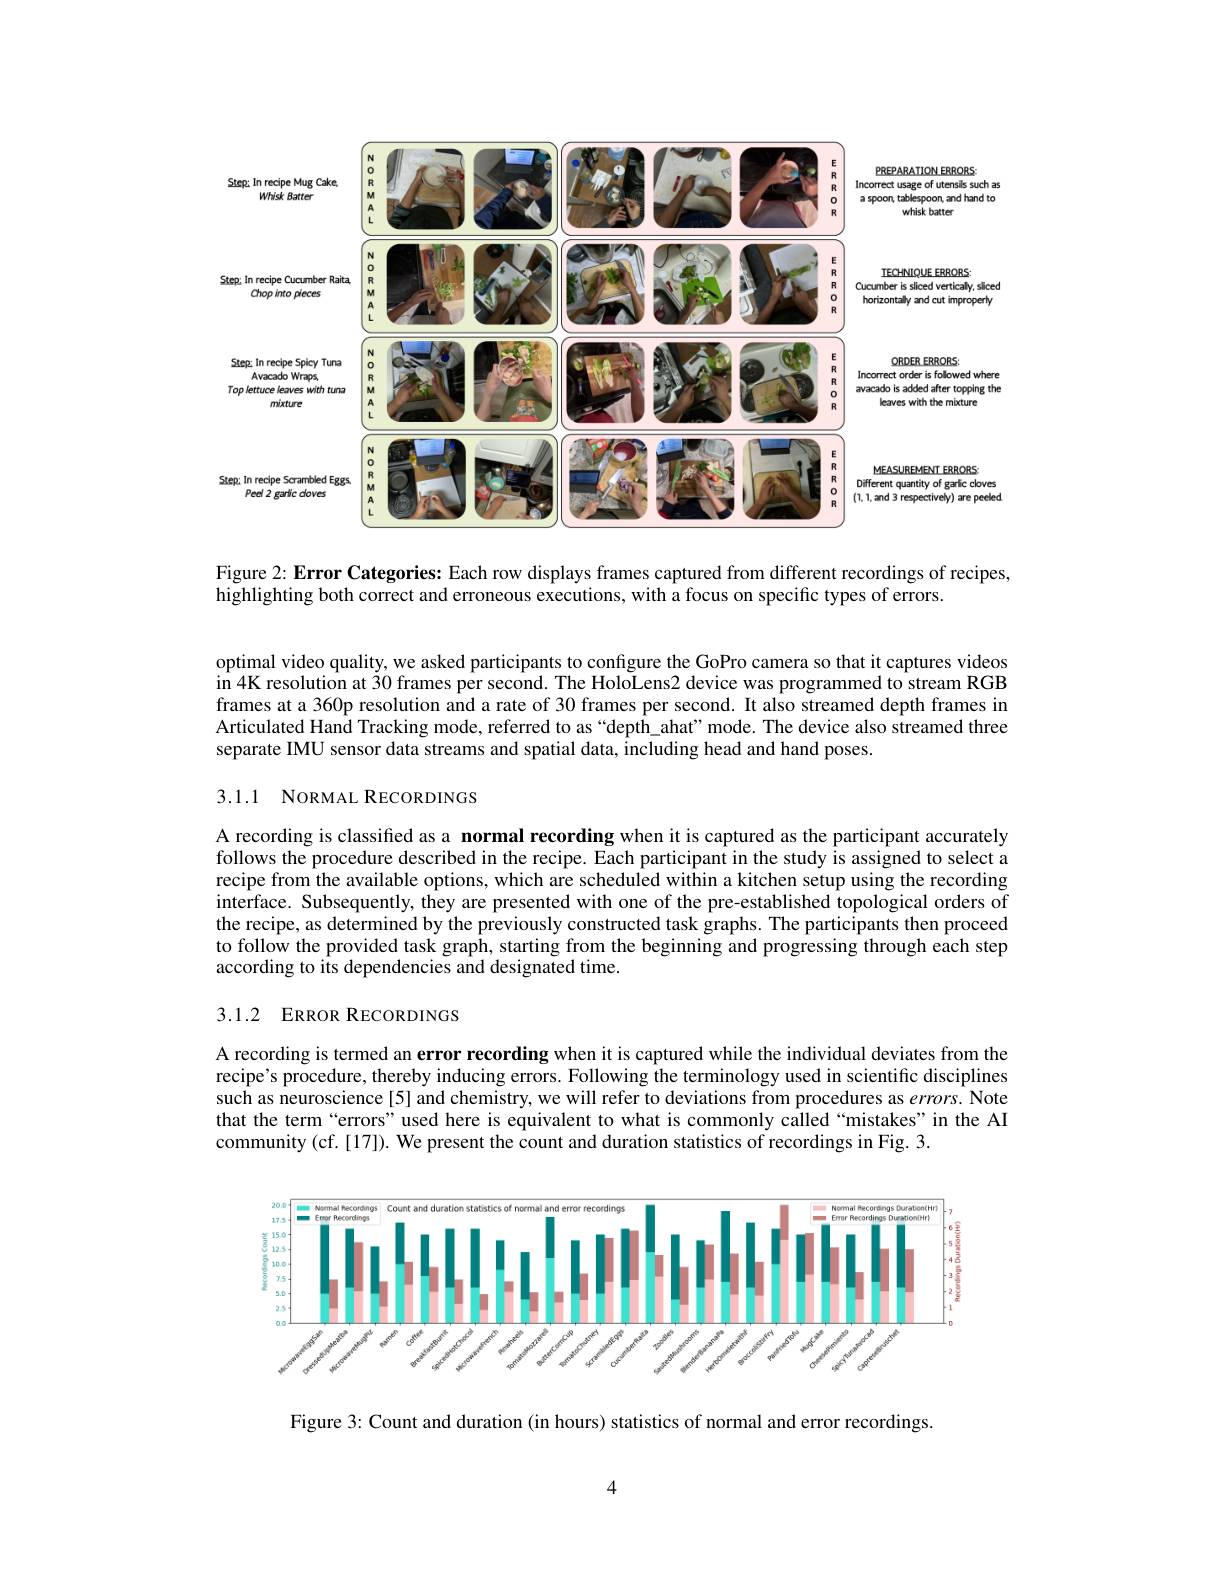
<FigureHere>

Figure 2: Error Categories: Each row displays frames captured from different recordings of recipes,
highlighting both correct and erroneous executions, with a focus on specific types of errors.

optimal video quality, we asked participants to configure the GoPro camera so that it captures videos $\hat{\text{in 4K resolution at }3}0\hat{\text{ frames per second. The HoloLens2 device was programmed to stream RGB}}$ frames at a 360p resolution and a rate of 30 frames per second. It also streamed depth frames in Articulated Hand Tracking mode, referred to as“depth\_ahat”mode. The device also streamed three separate IMU sensor data streams and spatial data, including head and hand poses.
3.1.1 NORMAL RECORDINGS

A recording is classified as a normal recording when it is captured as the participant accurately follows the procedure described in the recipe. Each participant in the study is assigned to select a recipe from the available options, which are scheduled within a kitchen setup using the recording interface. Subsequently, they are presented with one of the pre-established topological orders of the recipe, as determined by the previously constructed task graphs. The participants then proceed to follow the provided task graph, starting from the beginning and progressing through each step according to its dependencies and designated time.

## 3.1.2 ERROR RECORDINGS

A recording is termed an error recording when it is captured while the individual deviates from the recipe's procedure, thereby inducing errors. Following the terminology used in scientific disciplines such as neuroscience[5] and chemistry, we will refer to deviations from procedures as $errors.$ Note that the term“errors”used here is equivalent to what is commonly called“mistakes”in the AI community (cf.[17]). We present the count and duration statistics of recordings in Fig. 3.

<FigureHere>

Figure 3: Count and duration (in hours) statistics of normal and error recordings

4